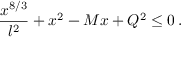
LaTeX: { \frac { x ^ { 8 / 3 } } { l ^ { 2 } } } + x ^ { 2 } - M x + Q ^ { 2 } \leq 0 \, .